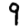
Digit: 9